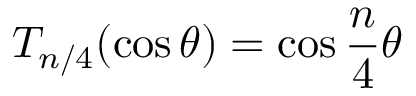
T _ { n / 4 } ( \cos \theta ) = \cos { \frac { n } { 4 } \theta }